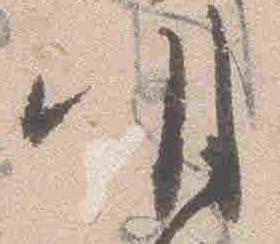
明